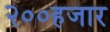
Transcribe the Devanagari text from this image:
२००हजार